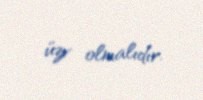
üzv olmalıdır.